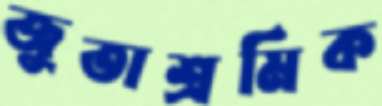
জুতাশ্রমিক